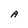
Character: A